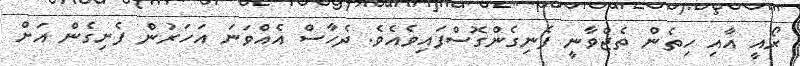
ރޯއީ އާއި ހިތެން ތެޖްވާނީ ފެނިގެންގޮސްފައިވެއެވެ. ދެހާސް އެއްވަނަ އަހަރުން ފެށިގެން އަށް